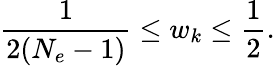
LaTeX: \frac{1}{2(N_{e}-1)}\leq w_{k}\leq\frac{1}{2}.